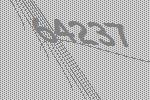
64237